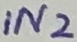
Text: IN2